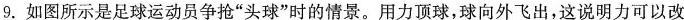
9.如图所示是足球运动员争抢”头球”时的情景。用力顶球，球向外飞出，这说明力可以改